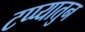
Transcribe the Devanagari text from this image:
टप्प्यातुन